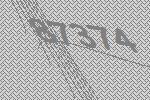
87374